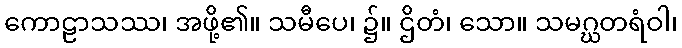
ကောဠာသဿ၊ အဖို့၏။ သမီပေ၊ ၌။ ဌိတံ၊ သော။ သမဂ္ဃတရံဝါ၊